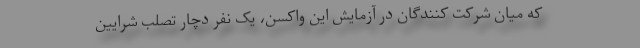
که میان شرکت کنندگان در آزمایش این واکسن، یک نفر دچار تصلب شرایین